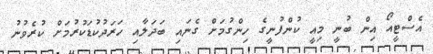
އެސްޓީއޯ އިން ބުނީ މިއީ ކުންފުނީގެ ހިންގުމަށް ގެނައި ބަދަލާއި ހަރަދުކުޑަކުރުމަށް ކުރެވުނު